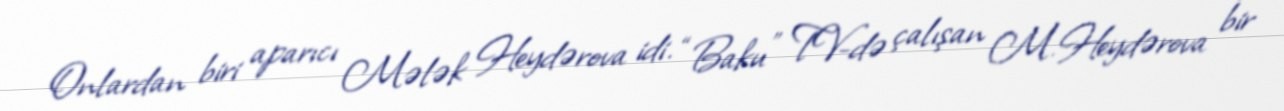
Onlardan biri aparıcı Mələk Heydərova idi. “Baku” TV-də çalışan M.Heydərova bir